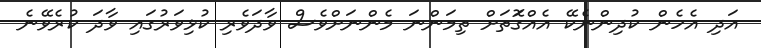
އަދި އެހެން ކުދިންނެކޭ އެއްގޮަތަށް ތިމަންނަ މެންނަށްވެސް ވާދަވެރި ކުޅިވަރުގައި ވާދަ ކުރެވޭނެ